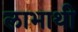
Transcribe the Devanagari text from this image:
लाभाथी